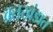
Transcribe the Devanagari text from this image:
व्रतखंडात